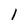
Character: l